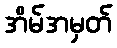
အိမ်အမှတ်